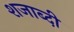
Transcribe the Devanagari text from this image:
शजाब्दी